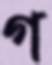
গ